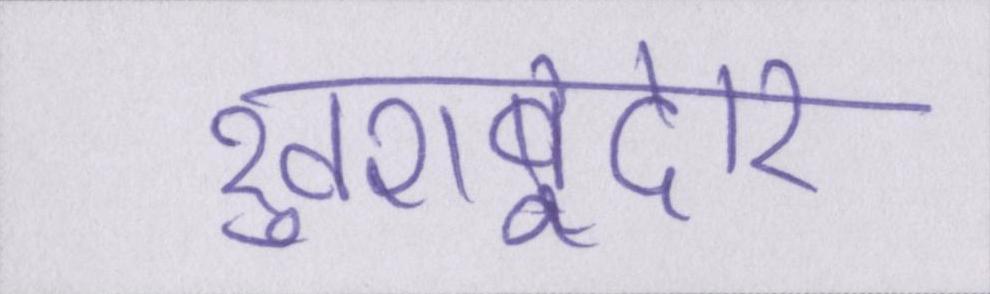
खुशबूदार